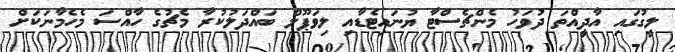
ލީގުގައި އާދީއްތަ ދުވަހު މެންޗެސްޓާ ޔުނައިޓެޑާއި ލިވަޕޫލް ބައްދަލުކުރާ މެޗުގެ ހާއްސަ މެހެމާނަކަށް